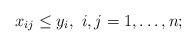
LaTeX: \begin{align*}x_{ij}\leq y_i,~i,j=1,\dots, n;\end{align*}